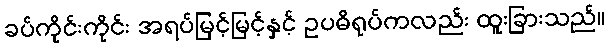
ခပ်ကိုင်းကိုင်း အရပ်မြင့်မြင့်နှင့် ဥပဓိရုပ်ကလည်း ထူးခြားသည်။